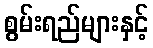
စွမ်းရည်များနှင့်